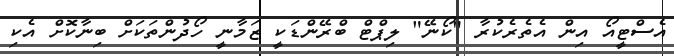
އެސްޓީއޯ އިން އެތެރެކުރާ "ކޯނޭ" ލިޕްޓް ބްރޭންޑަކީ ޒަމާނީ ހޯދުންތަކަށް ބިނާކޮށް އެކި